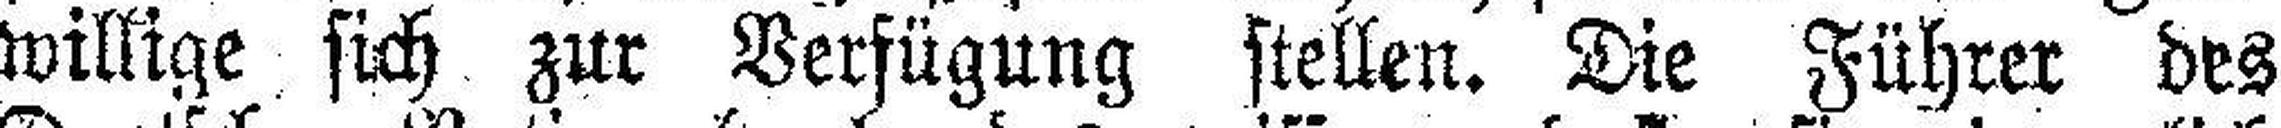
willige sich zur Verfügung stellen. Die Führer des